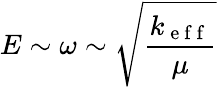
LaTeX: E\sim\omega\sim\sqrt{\frac{k_{\mathrm{~e~f~f~}}}{\mu}}